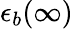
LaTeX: \epsilon_{b}(\infty)